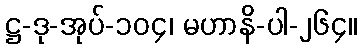
ဋ္ဌ-ဒု-အုပ်-၁၀၄၊ မဟာနိ-ပါ-၂၆၄။